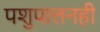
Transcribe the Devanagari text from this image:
पशुपालनही